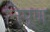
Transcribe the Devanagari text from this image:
निपूण